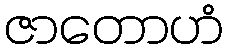
ဇာတောဟံ